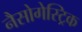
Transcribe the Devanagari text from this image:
नैसोगेस्ट्रिक